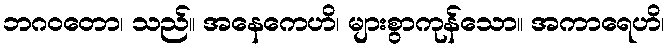
ဘဂဝတော၊ သည်။ အနေကေဟိ၊ များစွာကုန်သော။ အကာရေဟိ၊